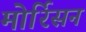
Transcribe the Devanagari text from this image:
मोर्रिसन